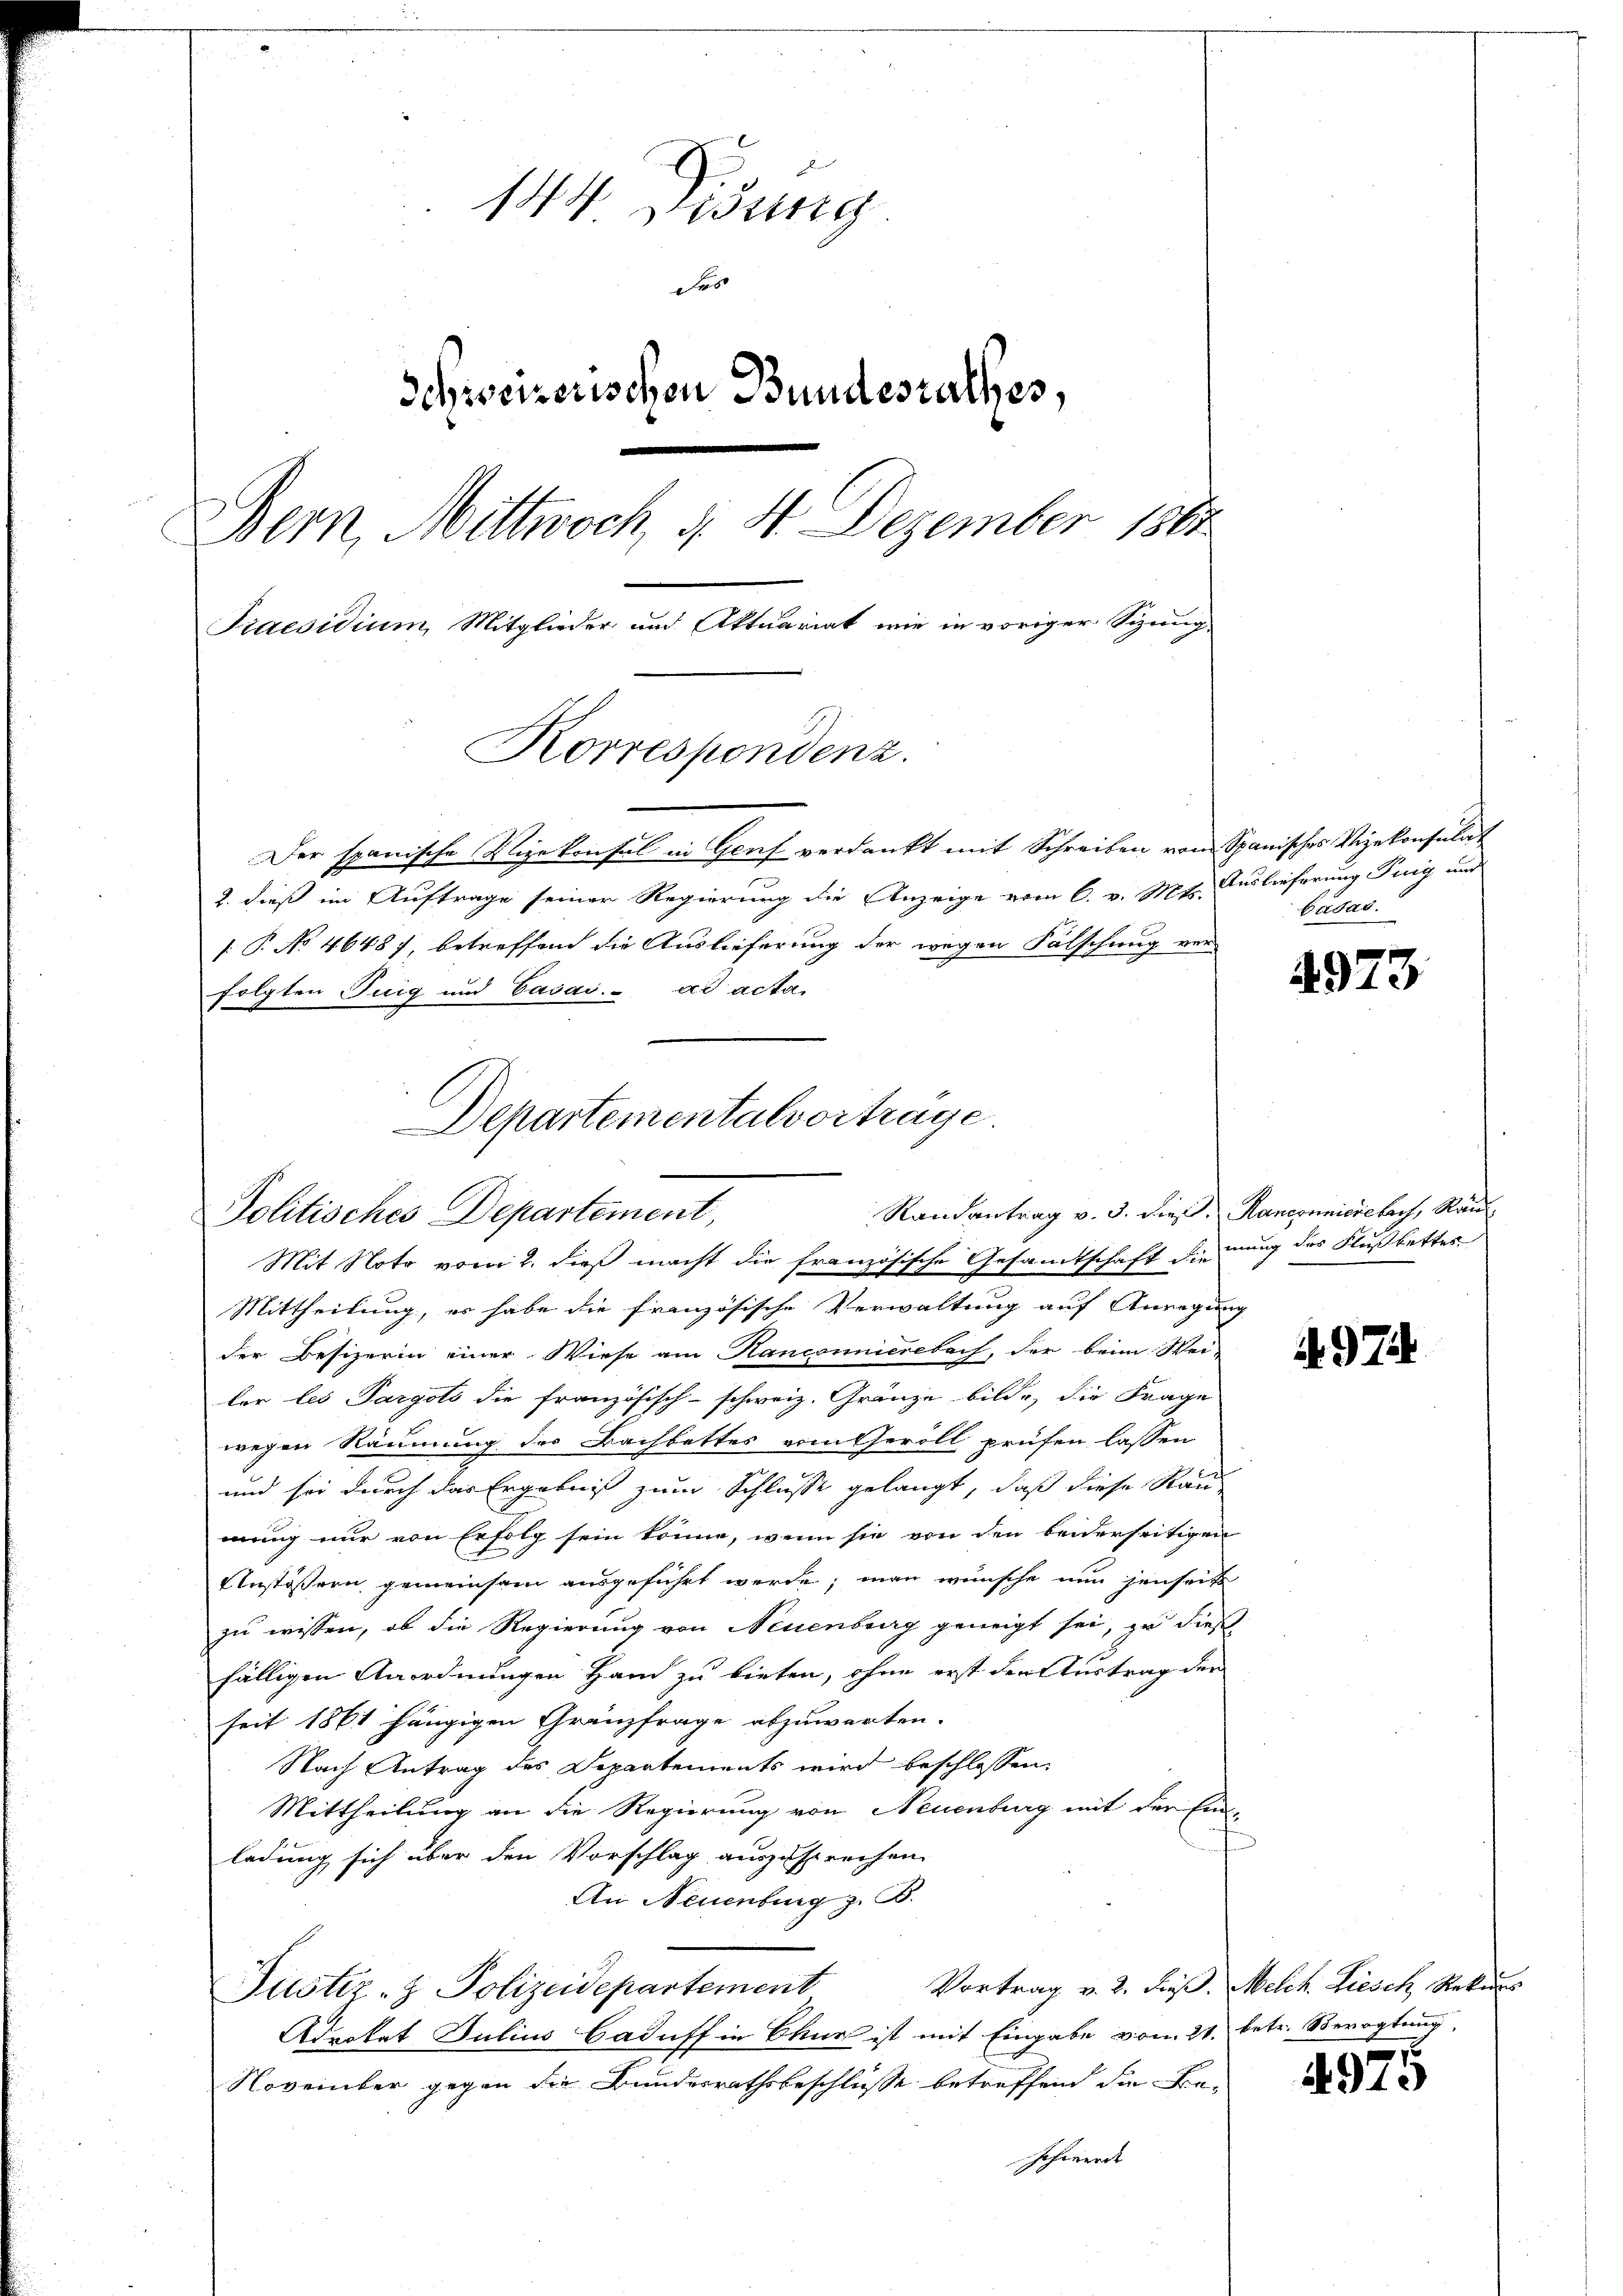
144. Disung
Fr
Schweizerischen Bundesrathes,
.
Bern, Mittwoch, d. 4. Dezember 1860
Praesidium, Mitglieder und Aktuariat wie in voriger Sizung
Korrespondenz.

Der spanische Vizekonsul in Genf verdankt mit Schreiben vom Spanisches Vizekonsulat
2. dieß im Auftrage seiner Regierung die Anzeige vom 6. v. Mts. Auslieferung Teig und
[ P. No 46487, betreffend die Auslieferung der wegen Fälschung ver-
folgten Tuig und Casai. ad acta

Departementalvortrage.
Politisches Departement,

Mit Note vom 2. dieß macht die französische Gesandtschaft dienung des Flußbettes
Mittheilung, er habe die französische Verwaltung auf Anregung
der Besizerin einer Wiese am Hanconnierebach, der beim Wei-
ler les Sargots die französisch-schweiz. Gränze bilde, die Frage
wegen Räumung des Bachbettes vom Geröll prüfen lassen
und sie durch das Ergebniß zum Schlusse gelangt, daß diese Rau
mung nur von Erfolg sein könne, wenn sie von den beiderseitigen
Unstößern gemeinsam ausgeführt werde; man wünsche nun jenseit
zu wissen, ob die Regierung von Neuenburg geneigt sei, zu dieß
fälligen Anordnungen Ham zu bieten, ohne erst der Austrag der
seit 1861 hängigen Granzfrage abzuwarten.
Nach Antrag des Departements wird beschlossen:
Mittheilung an die Regierung von Neuenburg mit der Ein-
ladung sich über den Vorschlag auszusprechen.
An Neuenburg z. B.
Vortrag v. 2. dieß, Melch. Ziesch Rekurs
Justiz- & Polizeidepartement
Advokat Julius Caduff in Chur ist mit Eingabe vom 21. betr. Bevogtung,
November gegen die Bundesrathsbeschlüsse betreffend die Be-
Jahawerde |

Cadas.

4973

Randantrag v. 3. dieß. Hancouniciebach, Rau¬

4974

4919